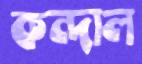
কন্দাল